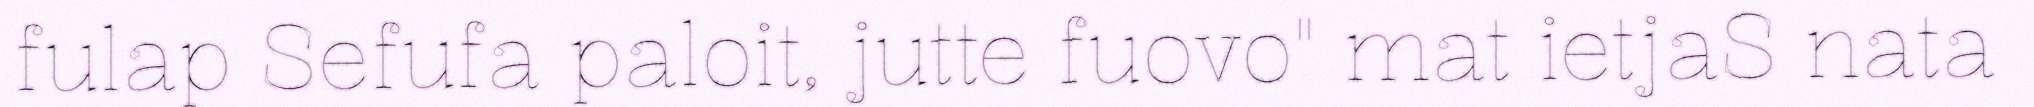
fulap Sefufa paloit, jutte fuovo" mat ietjaS nata